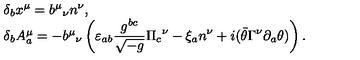
\begin{array} { l } { \delta _ { b } x ^ { \mu } = { b ^ { \mu } } _ { \nu } n ^ { \nu } , } \\ { \delta _ { b } A _ { a } ^ { \mu } = - { b ^ { \mu } } _ { \nu } \displaystyle \left( \varepsilon _ { a b } \frac { g ^ { b c } } { \sqrt { - g } } { \Pi _ { c } } ^ { \nu } - \xi _ { a } n ^ { \nu } + i ( \bar { \theta } \Gamma ^ { \nu } \partial _ { a } \theta ) \right) . } \\ \end{array}